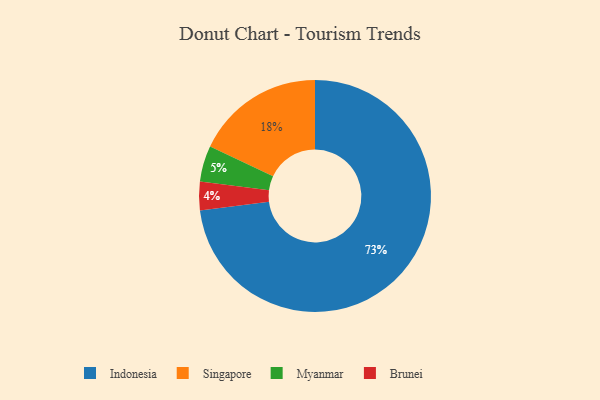
{"axis": {"x": "Category", "y": "Percentage"}, "legend": ["Brunei", "Indonesia", "Myanmar", "Singapore"], "data": [{"x": "Singapore", "y": 18, "type": "Singapore"}, {"x": "Indonesia", "y": 73, "type": "Indonesia"}, {"x": "Brunei", "y": 4, "type": "Brunei"}, {"x": "Myanmar", "y": 5, "type": "Myanmar"}]}